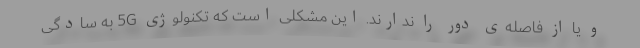
و یا از فاصله‌ی دور را ندارند. این مشکلی است که تکنولوژی 5G به سادگی